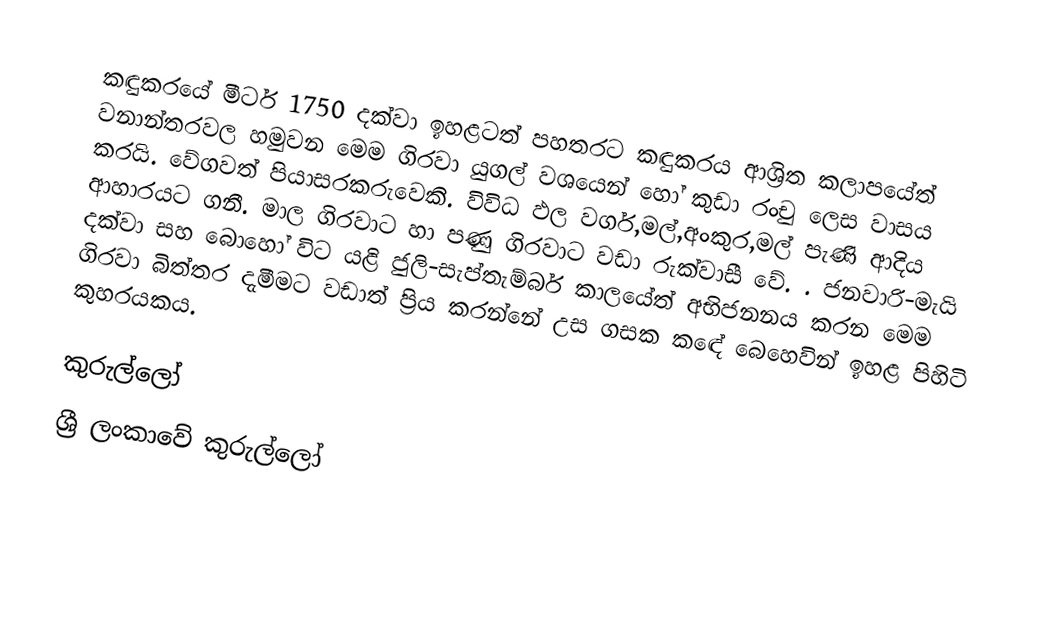
කඳුකරයේ මීටර් 1750 දක්වා ඉහළටත් පහතරට කඳුකරය ආශ්‍රිත කලාපයේත් වනාන්තරවල හමුවන මෙම ගිරවා යුගල් වශයෙන් හෝ කුඩා රංචු ලෙස වාසය කරයි. වේගවත් පියාසරකරුවෙකි. විවිධ ඵල වර්ග,මල්,අංකුර,මල් පැණි ආදිය ආහාරයට ගනී. මාල ගිරවාට හා පණු ගිරවාට වඩා රුක්වාසී වේ.  . ජනවාරි-මැයි දක්වා සහ බොහෝ විට යළි ජුලි-සැප්තැම්බර් කාලයේත් අභිජනනය කරන මෙම ගිරවා බිත්තර දැමීමට වඩාත් ප්‍රිය කරන්නේ උස ගසක කඳේ බෙහෙවින් ඉහළ පිහිටි කුහරයකය.

කුරුල්ලෝ
ශ්‍රී ලංකාවේ කුරුල්ලෝ